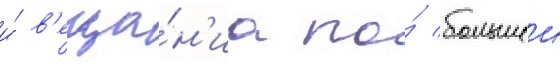
и́ в'еща́н'иа по́ большеи